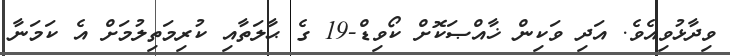
ވިދާޅުވިއެވެ. އަދި ވަކިން ޚާއްޞަކޮށް ކޯވިޑް-19 ގެ ޙާލަތާއި ކުރިމަތިލުމަށް އެ ކަމަނާ